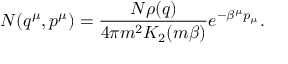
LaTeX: { \cal N } ( q ^ { \mu } , p ^ { \mu } ) = { \frac { N \rho ( q ) } { 4 \pi m ^ { 2 } K _ { 2 } ( m \beta ) } } e ^ { - \beta ^ { \mu } p _ { \mu } } .